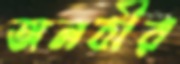
অনবীর